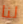
لنا